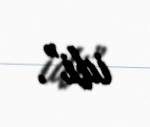
idi”.